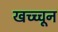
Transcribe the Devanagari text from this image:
खच्च्चून